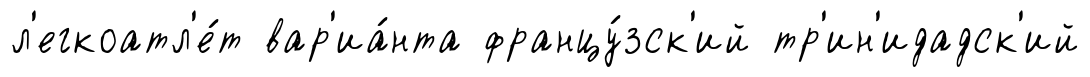
л'егкоатл'е́т вар'иа́нта францу́зск'ий тр'ин'идадск'ий